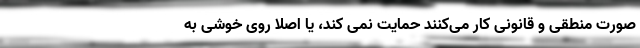
صورت منطقی و قانونی کار می‌کنند حمایت نمی کند، یا اصلا روی خوشی به